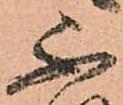
不